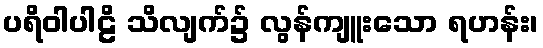
ပရိဝါပါဠိ သိလျက်၌ လွန်ကျူးသော ရဟန်း၊